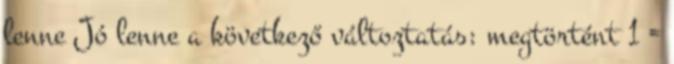
lenne Jó lenne a következő változtatás: megtörtént 1 =